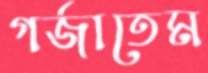
গর্জাতেম